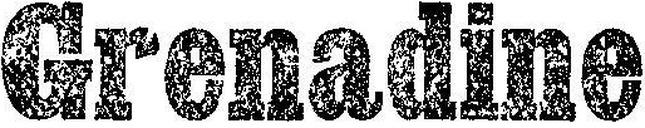
Grenadine